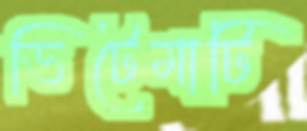
ভিটেমাটি